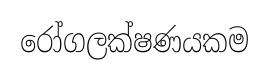
රෝගලක්ෂණයකම